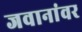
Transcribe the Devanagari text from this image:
जवानांवर